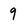
Character: 9